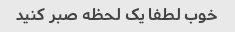
خوب لطفا یک لحظه صبر کنید